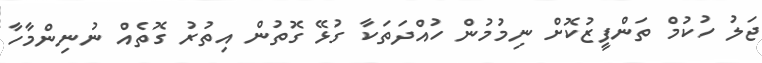
ޖަލު ހުކުމް ތަންފީޒުކޮށް ނިމުމުން ހުއްދަތަކާ ގުޅޭ ގޮތުން އިތުރު ގޮތެއް ނުނިންމާހާ